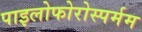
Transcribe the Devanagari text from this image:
पाइलोफोरोस्पर्मम